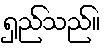
ရှည်သည်။